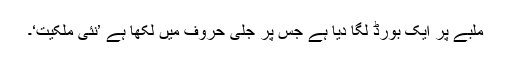
ملبے پر ایک بورڈ لگا دیا ہے جس پر جلی حروف میں لکھا ہے ’نئی ملکیت‘۔